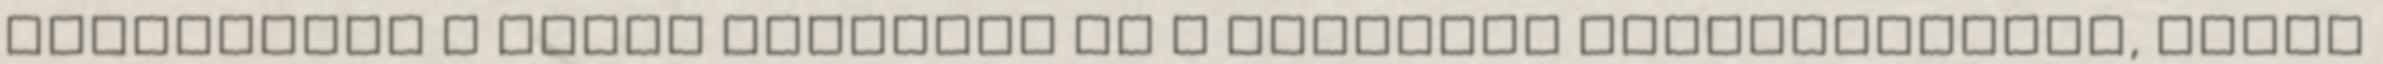
leterhelik a gunák kötőerők és a karmikus visszahatások, akkor